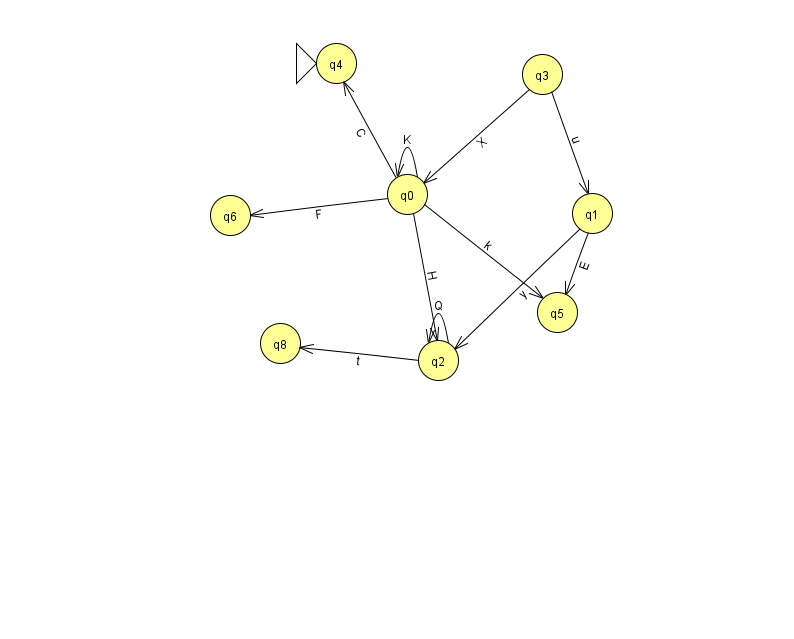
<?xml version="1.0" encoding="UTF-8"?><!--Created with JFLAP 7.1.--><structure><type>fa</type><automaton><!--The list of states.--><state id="0" name="q0"><x>407.0</x><y>181.0</y></state><state id="1" name="q1"><x>592.0</x><y>200.0</y></state><state id="2" name="q2"><x>438.0</x><y>347.0</y></state><state id="3" name="q3"><x>542.0</x><y>61.0</y></state><state id="4" name="q4"><x>336.0</x><y>50.0</y><initial/></state><state id="5" name="q5"><x>557.0</x><y>299.0</y></state><state id="6" name="q6"><x>230.0</x><y>202.0</y></state><state id="8" name="q8"><x>280.0</x><y>330.0</y></state><!--The list of transitions.--><transition><from>2</from><to>2</to><read>Q</read></transition><transition><from>2</from><to>8</to><read>t</read></transition><transition><from>0</from><to>2</to><read>H</read></transition><transition><from>1</from><to>5</to><read>E</read></transition><transition><from>0</from><to>5</to><read>k</read></transition><transition><from>0</from><to>6</to><read>F</read></transition><transition><from>0</from><to>4</to><read>C</read></transition><transition><from>1</from><to>2</to><read>y</read></transition><transition><from>0</from><to>0</to><read>K</read></transition><transition><from>3</from><to>0</to><read>X</read></transition><transition><from>3</from><to>1</to><read>u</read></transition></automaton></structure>